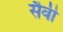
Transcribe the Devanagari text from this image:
सैवी